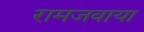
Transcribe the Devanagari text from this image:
रामजवाया